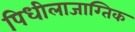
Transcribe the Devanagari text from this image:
पिधीलाजाग्तिक